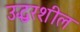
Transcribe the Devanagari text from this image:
उद्धरशील